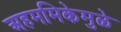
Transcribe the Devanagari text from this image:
अहममिकेमुळे